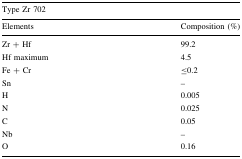
<table><thead><tr><td colspan="2"><b>Type Zr 702</b></td></tr><tr><td><b>Elements</b></td><td><b>Composition (%)</b></td></tr></thead><tbody><tr><td>Zr + Hf</td><td>99.2</td></tr><tr><td>Hf maximum</td><td>4.5</td></tr><tr><td>Fe + Cr</td><td>≤0.2</td></tr><tr><td>Sn</td><td>–</td></tr><tr><td>H</td><td>0.005</td></tr><tr><td>N</td><td>0.025</td></tr><tr><td>C</td><td>0.05</td></tr><tr><td>Nb</td><td>–</td></tr><tr><td>O</td><td>0.16</td></tr></tbody></table>